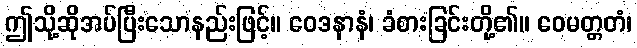
ဤသို့ဆိုအပ်ပြီးသောနည်းဖြင့်။ ဝေဒနာနံ၊ ခံစားခြင်းတို့၏။ ဝေမတ္တတံ၊